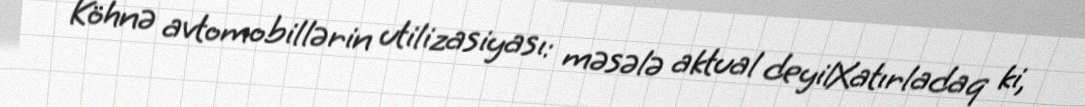
Köhnə avtomobillərin utilizasiyası: məsələ aktual deyilXatırladaq ki,